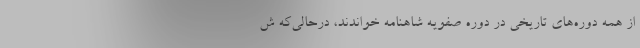
از همه دوره‌های تاریخی در دوره صفویه شاهنامه خواندند، درحالی‌که ش